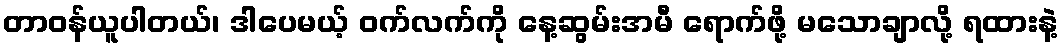
တာဝန်ယူပါတယ်၊ ဒါပေမယ့် ဝက်လက်ကို နေ့ဆွမ်းအမီ ရောက်ဖို့ မသောချာလို့ ရထားနဲ့